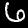
Digit: 6